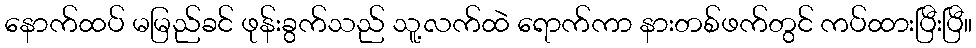
နောက်ထပ် မမြည်ခင် ဖုန်းခွက်သည် သူ့လက်ထဲ ရောက်ကာ နားတစ်ဖက်တွင် ကပ်ထားပြီးပြီ။